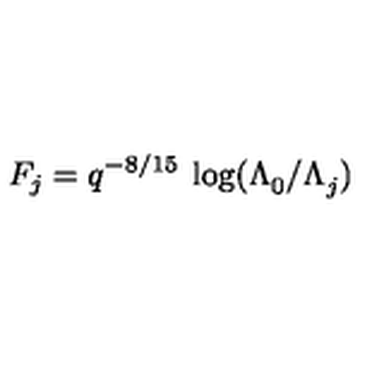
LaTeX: F _ { j } = q ^ { - 8 / 1 5 } \: \log ( \Lambda _ { 0 } ^ { } / \Lambda _ { j } ^ { } )